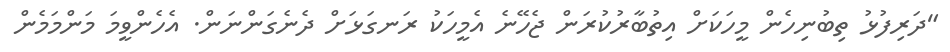
"ދަރިފުޅު ތިބުނިހެން މީހަކަށް އިތުބާރުކުރަން ޖެހޭނެ އެމީހަކު ރަނގަޅަށް ދެނެގަންނަން. އެހެންވީމަ މަންމަމެން